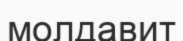
молдавит